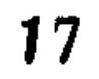
\(17\)